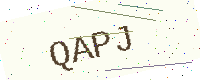
Text: QAPJ